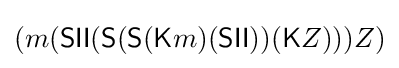
(m({\textsf {S}}{\textsf {I}}{\textsf {I}}({\textsf {S}}({\textsf {S}}({\textsf {K}}m)({\textsf {S}}{\textsf {I}}{\textsf {I}}))({\textsf {K}}Z)))Z)